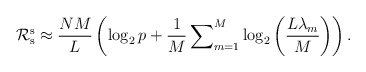
\begin{align*}\mathcal{R}_{\rm{s}}^{\rm{s}}\approx\frac{NM}{L}\left(\log_2{p}+\frac{1}{M}\sum\nolimits_{m=1}^{M}\log_2\left(\frac{L\lambda_m}{M}\right)\right).\end{align*}